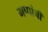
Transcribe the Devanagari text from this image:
गप्पांची